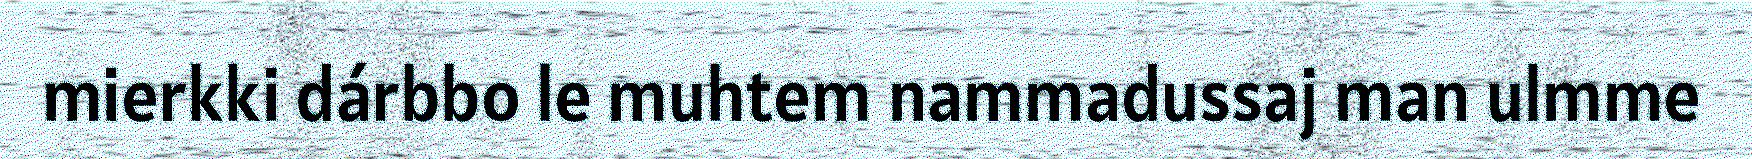
mierkki dárbbo le muhtem nammadussaj man ulmme